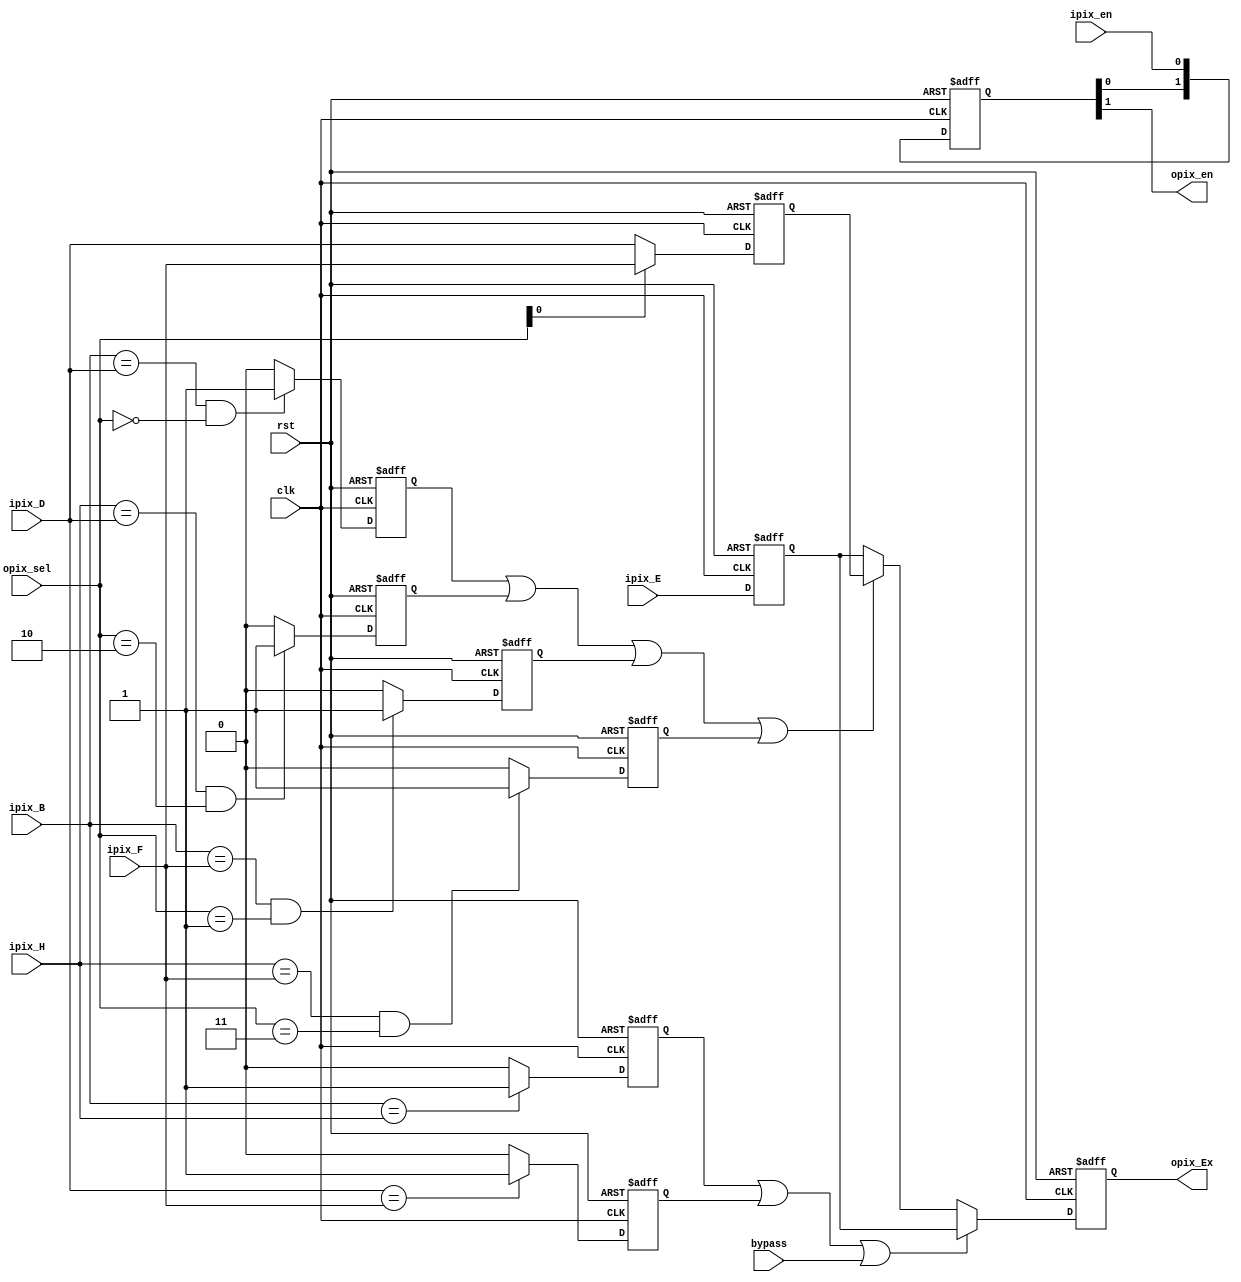
// Copyright 2008-2019 Frederic Requin
//
// This file is part of the 1943 FPGA core
//
// The 1943 FPGA core is free software; you can redistribute it and/or modify
// it under the terms of the GNU General Public License as published by
// the Free Software Foundation; either version 3 of the License, or
// (at your option) any later version.
//
// The 1943 FPGA core is distributed in the hope that it will be useful,
// but WITHOUT ANY WARRANTY; without even the implied warranty of
// MERCHANTABILITY or FITNESS FOR A PARTICULAR PURPOSE.  See the
// GNU General Public License for more details.
//
// You should have received a copy of the GNU General Public License
// along with this program.  If not, see <http://www.gnu.org/licenses/>.

module gpu_scale2x
(
    input         rst,      // Global reset
    input         clk,      // Master clock (72 MHz)
    
    input         bypass,   // Scale2X bypass
    
    input   [1:0] opix_sel, // Pixel out select (0 - 3)
    
    input   [8:0] ipix_B,   // Pixel in position "B"
    input   [8:0] ipix_D,   // Pixel in position "D"
    input   [8:0] ipix_E,   // Pixel in position "E"
    input   [8:0] ipix_F,   // Pixel in position "F"
    input   [8:0] ipix_H,   // Pixel in position "H"
    input         ipix_en,  // Pixel in data enable
    
    output  [8:0] opix_Ex,  // Pixel out position "E0 - E3"
    output        opix_en   // Pixel out data enable
);
    /*
       +---+---+---+
       |   | B |   |
       +---+---+---+
       | D | E | F |
       +---+---+---+
       |   | H |   |
       +---+---+---+
       
           |
           V
    
       +---+---+
       |E0 |E1 | even line
       +---+---+
       |E2 |E3 | odd line
       +---+---+
       
    if (B != H && D != F)
    {
        // Even line
        E0 = (B == D) ? D : E;
        E1 = (B == F) ? F : E;
        // Odd line
        E2 = (H == D) ? D : E;
        E3 = (H == F) ? F : E;
    }
    else
    {
        // Even line
        E0 = E;
        E1 = E;
        // Odd line
        E2 = E;
        E3 = E;
    }
    */
    
    reg  [1:0] r_pix_en_p2;
    reg  [8:0] r_pix_Ex_p2;
    
    always @(posedge rst or posedge clk) begin : SCALE_2X
        reg  [8:0] v_pix_DF_p1;  // Left "D" or right "F" pixel
        reg  [8:0] v_pix_E_p1;   // Middle "E" pixel
        reg        v_B_equ_D_p1; // B == D
        reg        v_B_equ_F_p1; // B == F
        reg        v_H_equ_D_p1; // H == D
        reg        v_H_equ_F_p1; // H == F
        reg        v_B_equ_H_p1; // B == H
        reg        v_D_equ_F_p1; // D == F
        
        if (rst) begin
            r_pix_en_p2  <= 2'b00;
            r_pix_Ex_p2  <= 9'h000;
            v_pix_DF_p1  <= 9'h000;
            v_pix_E_p1   <= 9'h000;
            v_B_equ_D_p1 <= 1'b0;
            v_B_equ_F_p1 <= 1'b0;
            v_H_equ_D_p1 <= 1'b0;
            v_H_equ_F_p1 <= 1'b0;
            v_B_equ_H_p1 <= 1'b0;
            v_D_equ_F_p1 <= 1'b0;
        end
        else begin
            // Pixel data enable
            r_pix_en_p2 <= { r_pix_en_p2[0], ipix_en };
            
            // Scale2X algorithm
            if (v_B_equ_H_p1 | v_D_equ_F_p1 | bypass) begin
                r_pix_Ex_p2 <= v_pix_E_p1;
            end
            else begin
                if (v_B_equ_D_p1 | v_H_equ_D_p1 | v_B_equ_F_p1 | v_H_equ_F_p1)
                    r_pix_Ex_p2 <= v_pix_DF_p1;
                else
                    r_pix_Ex_p2 <= v_pix_E_p1;
            end
            
            // Pixels pipeline
            v_pix_DF_p1  <= (opix_sel[0]) ? ipix_F : ipix_D;
            v_pix_E_p1   <= ipix_E;
            
            // Pixels comparators
            v_B_equ_D_p1 <= ((ipix_B == ipix_D) && (opix_sel == 2'd0)) ? 1'b1 : 1'b0;
            v_B_equ_F_p1 <= ((ipix_B == ipix_F) && (opix_sel == 2'd1)) ? 1'b1 : 1'b0;
            v_H_equ_D_p1 <= ((ipix_H == ipix_D) && (opix_sel == 2'd2)) ? 1'b1 : 1'b0;
            v_H_equ_F_p1 <= ((ipix_H == ipix_F) && (opix_sel == 2'd3)) ? 1'b1 : 1'b0;
            v_B_equ_H_p1 <=  (ipix_B == ipix_H)                        ? 1'b1 : 1'b0;
            v_D_equ_F_p1 <=  (ipix_D == ipix_F)                        ? 1'b1 : 1'b0;
        end
    end
    
    assign opix_Ex = r_pix_Ex_p2;
    assign opix_en = r_pix_en_p2[1];
    
endmodule